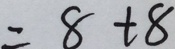
= 8 + 8